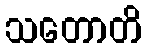
သတောတိ